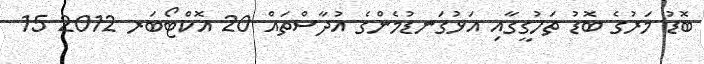
ބޮޑު މަރުގެ ބޮޑު ތަހުގީގާއި އަޅުގަނޑުމެންގެ އުދާސްތައް 20 އޮކްޓޯބަރ 2012 15